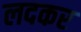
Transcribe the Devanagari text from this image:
लदकर